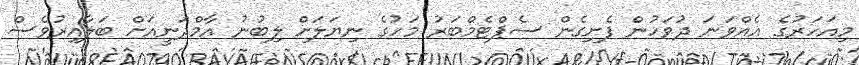
މިއަހަރުގެ އެއްވަނަ ދުވަހުން ފެށިގެން ސެޕްޓެމްބަރު މަހުގެ ނިޔަލަށް ލިބުނު އާމްދަނީއަށް ބަލާއިރުވެސް